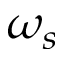
\omega _ { s }